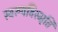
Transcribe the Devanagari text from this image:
स्वरूपविस्मृति